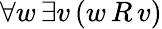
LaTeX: \forall w\, \exists v\, (w\, R\, v)